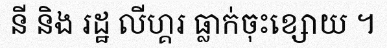
នី និង រដ្ឋ លីហ្គរ ធ្លាក់ចុះខ្សោយ ។